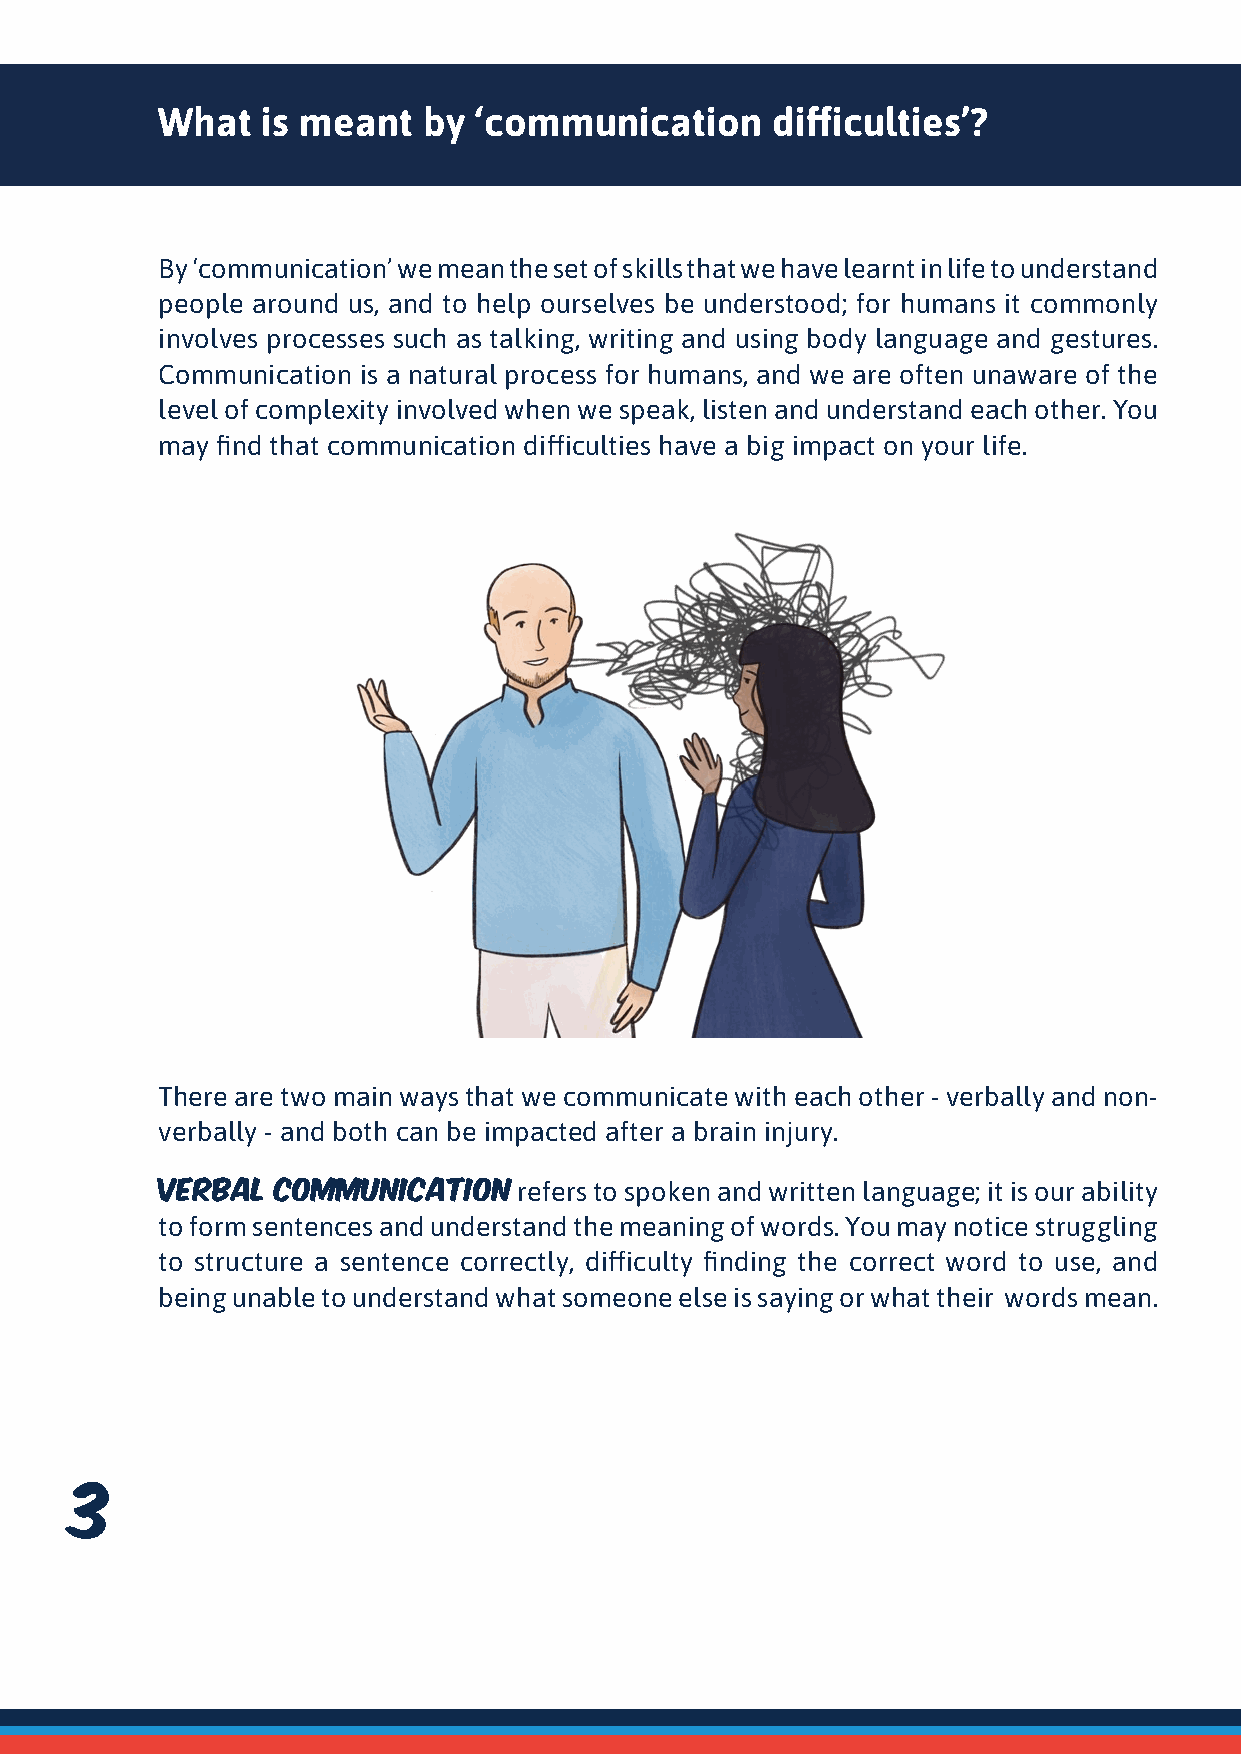
What   is meant   by  ‘communication     difficulties’?
 By ‘communication’ we mean the set of skills that we have learnt in life to understand
 people around us, and to help ourselves be understood; for humans it commonly
 involves processes such as talking, writing and using body language and gestures.
 Communication is a natural process for humans, and we are often unaware of the
 level of complexity involved when we speak, listen and understand each other. You
 may find that communication difficulties have a big impact on your life.
 There are two main ways that we communicate with each other - verbally and non-
 verbally - and both can be impacted after a brain injury.
 Verbal  communication   refers to spoken and written language; it is our ability
 to form sentences and understand the meaning of words. You may notice struggling
 to structure a sentence correctly, difficulty finding the correct word to use, and
 being unable to understand what someone else is saying or what their words mean.
 22   33